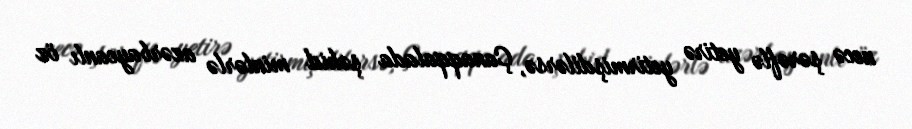
necə şərəflə yetirə yetirmişdilərsə, Çanaqqalada şəhid minlərlə azərbaycanlı öz